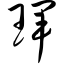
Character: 珲